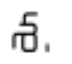
శ.